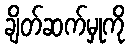
ချိတ်ဆက်မှုကို